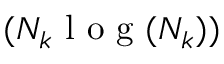
( N _ { k } \mathrm { ~ l ~ o ~ g ~ } ( N _ { k } ) )